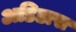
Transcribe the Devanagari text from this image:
अडिडास